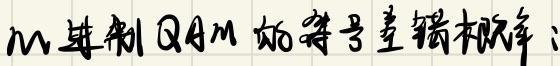
以二进制QAM的符号差错概率: